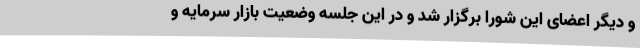
و دیگر اعضای این شورا برگزار شد و در این جلسه وضعیت بازار سرمایه و